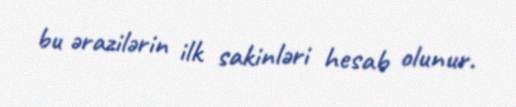
bu ərazilərin ilk sakinləri hesab olunur.